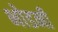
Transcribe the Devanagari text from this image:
भोडनी